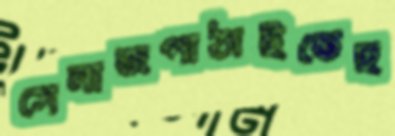
সেনাজপাঠাইতেছ